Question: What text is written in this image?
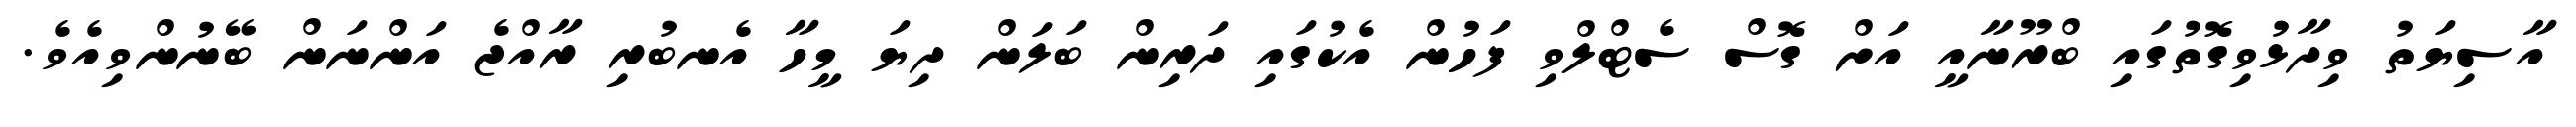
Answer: އާސިޔަތު ވިދާޅުވިގޮތުގައި ބްރޫނާއީ އަށް ގޮސް ސެޓްލްވި ފަހުން އެކުގައި ދަރިން ބަލަން ދިޔަ މީހާ އެނބުރި ރާއްޖެ އަންނަން ބޭނުންވިއެވެ.